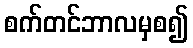
စက်တင်ဘာလမှစ၍